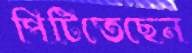
পিটিতেছেন